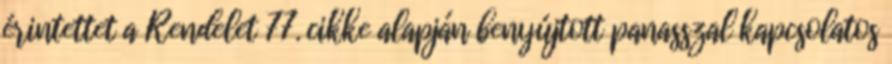
érintettet a Rendelet 77. cikke alapján benyújtott panasszal kapcsolatos